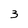
Character: 3